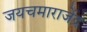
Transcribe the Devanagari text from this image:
जयचमाराजेंद्र